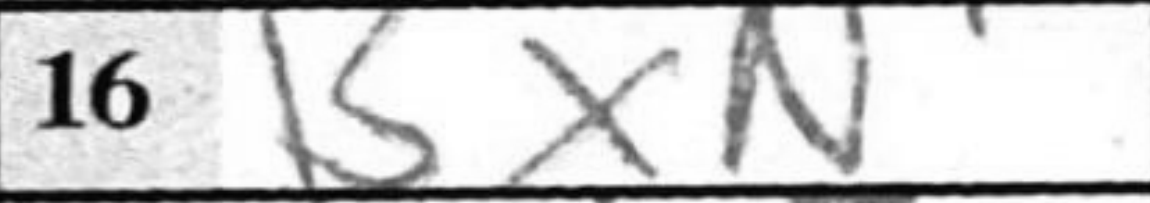
Transcription: BxN